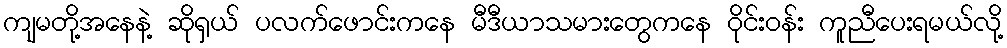
ကျမတို့အနေနဲ့ ဆိုရှယ် ပလက်ဖောင်းကနေ မီဒီယာသမားတွေကနေ ဝိုင်းဝန်း ကူညီပေးရမယ်လို့